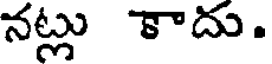
నట్లు కాదు.